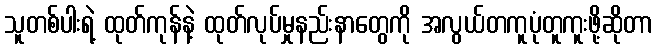
သူတစ်ပါးရဲ့ ထုတ်ကုန်နဲ့ ထုတ်လုပ်မှုနည်းနာတွေကို အလွယ်တကူပုံတူကူးဖို့ဆိုတာ